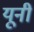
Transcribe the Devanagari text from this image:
यूनी